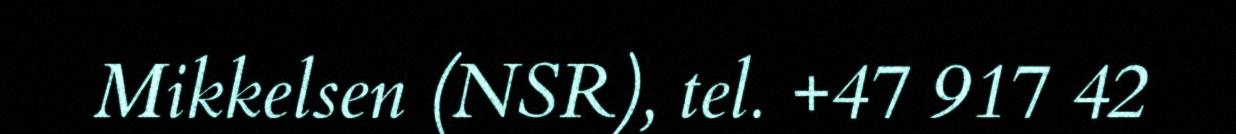
Mikkelsen (NSR), tel. +47 917 42